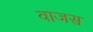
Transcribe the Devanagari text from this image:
वाजस